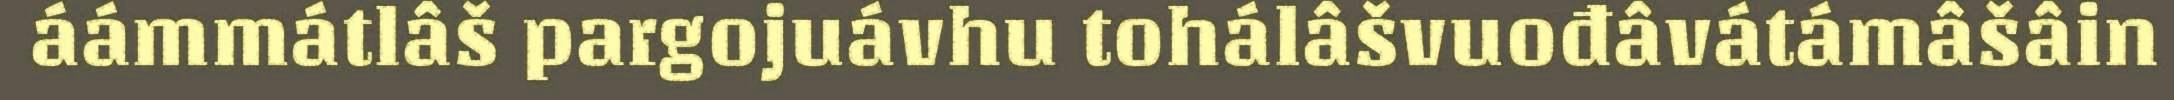
áámmátlâš pargojuávhu tohálâšvuođâvátámâšâin